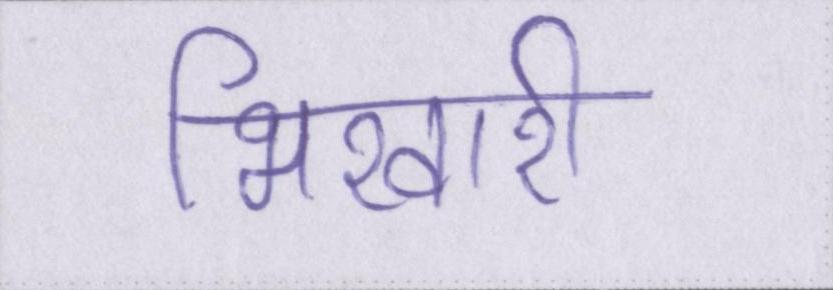
भिखारी